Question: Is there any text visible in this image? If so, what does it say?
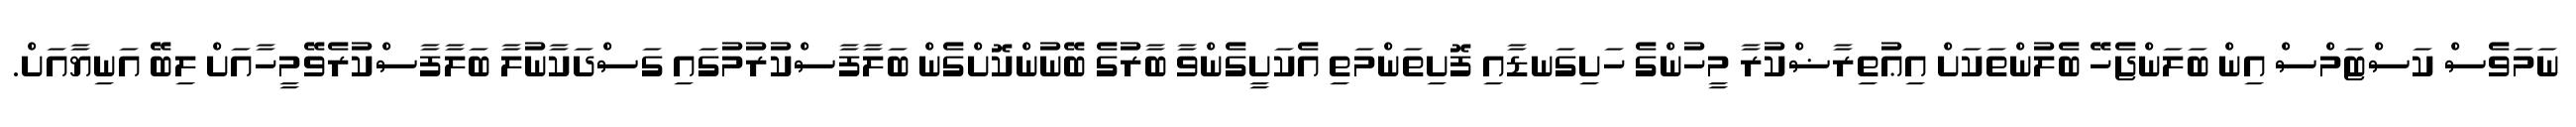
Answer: ނަމަވެސް ކަސްޓަމްސް އިން ބަލަންޖެހޭ ބެލުންތަކަށް އިޢުތިރާޟްކުރާ މީހުންގެ ހަށިގަނޑާއި ފޮށިތަންމަތި އެކަށީގެންވާ ބާރުގެ ބޭނުންކޮށްގެން ބަލާފާސްކުރުމުގައި ގަސްދަކާނުލާ ބަލާފާސްކުރެވޭމީހާއަށް ލިބޭ އަނިޔާއަށް.